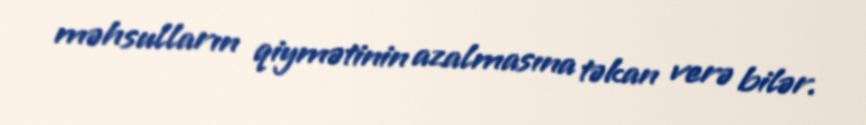
məhsulların qiymətinin azalmasına təkan verə bilər.